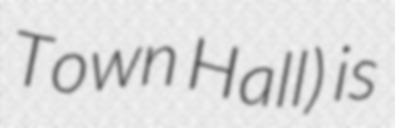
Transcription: Town Hall) is